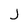
Character: j